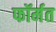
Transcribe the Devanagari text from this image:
फॉर्मत